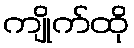
ကျိုက်ထို